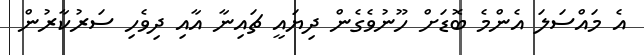
އެ މައްސަލަ އެންމެ ބޮޑަށް ހޫނުވެގެން ދިޔައީ ޗައިނާ އާއި ދިވެހި ސަރުކާރުން